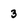
Character: 3